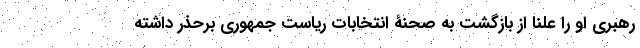
رهبری او را علنا از بازگشت به صحنۀ انتخابات ریاست جمهوری برحذر داشته